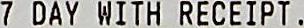
7 DAY WITH RECEIPT .